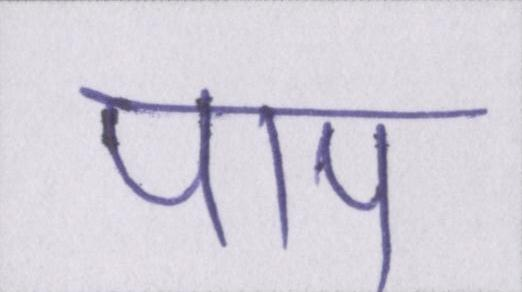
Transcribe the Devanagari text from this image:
पाप